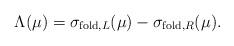
LaTeX: \begin{align*}\Lambda(\mu) = \sigma_{{\rm fold},L}(\mu) - \sigma_{{\rm fold},R}(\mu).\end{align*}